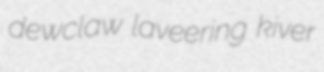
dewclaw laveering kiver